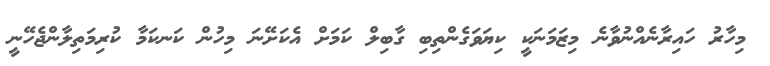
މިހާރު ހައިރާނެއްނުވާނެ މިޒަމަނަކީ ކިޔަވަގެންތިބި ގާބިލް ކަމަށް އެކަށޭނަ މިހުން ކަނކަމާ ކުރިމަތިލާންޖެހޭނީ